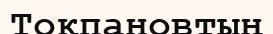
Тоқпановтың